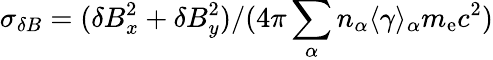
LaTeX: \sigma_{\delta B}=(\delta B_{x}^{2}+\delta B_{y}^{2})/(4\pi\sum_{\alpha}n_{\alpha}\langle\gamma\rangle_{\alpha}m_{\mathrm{e}}c^{2})